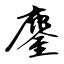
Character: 鏖